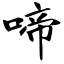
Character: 啼